Riigikantselei, lk 414
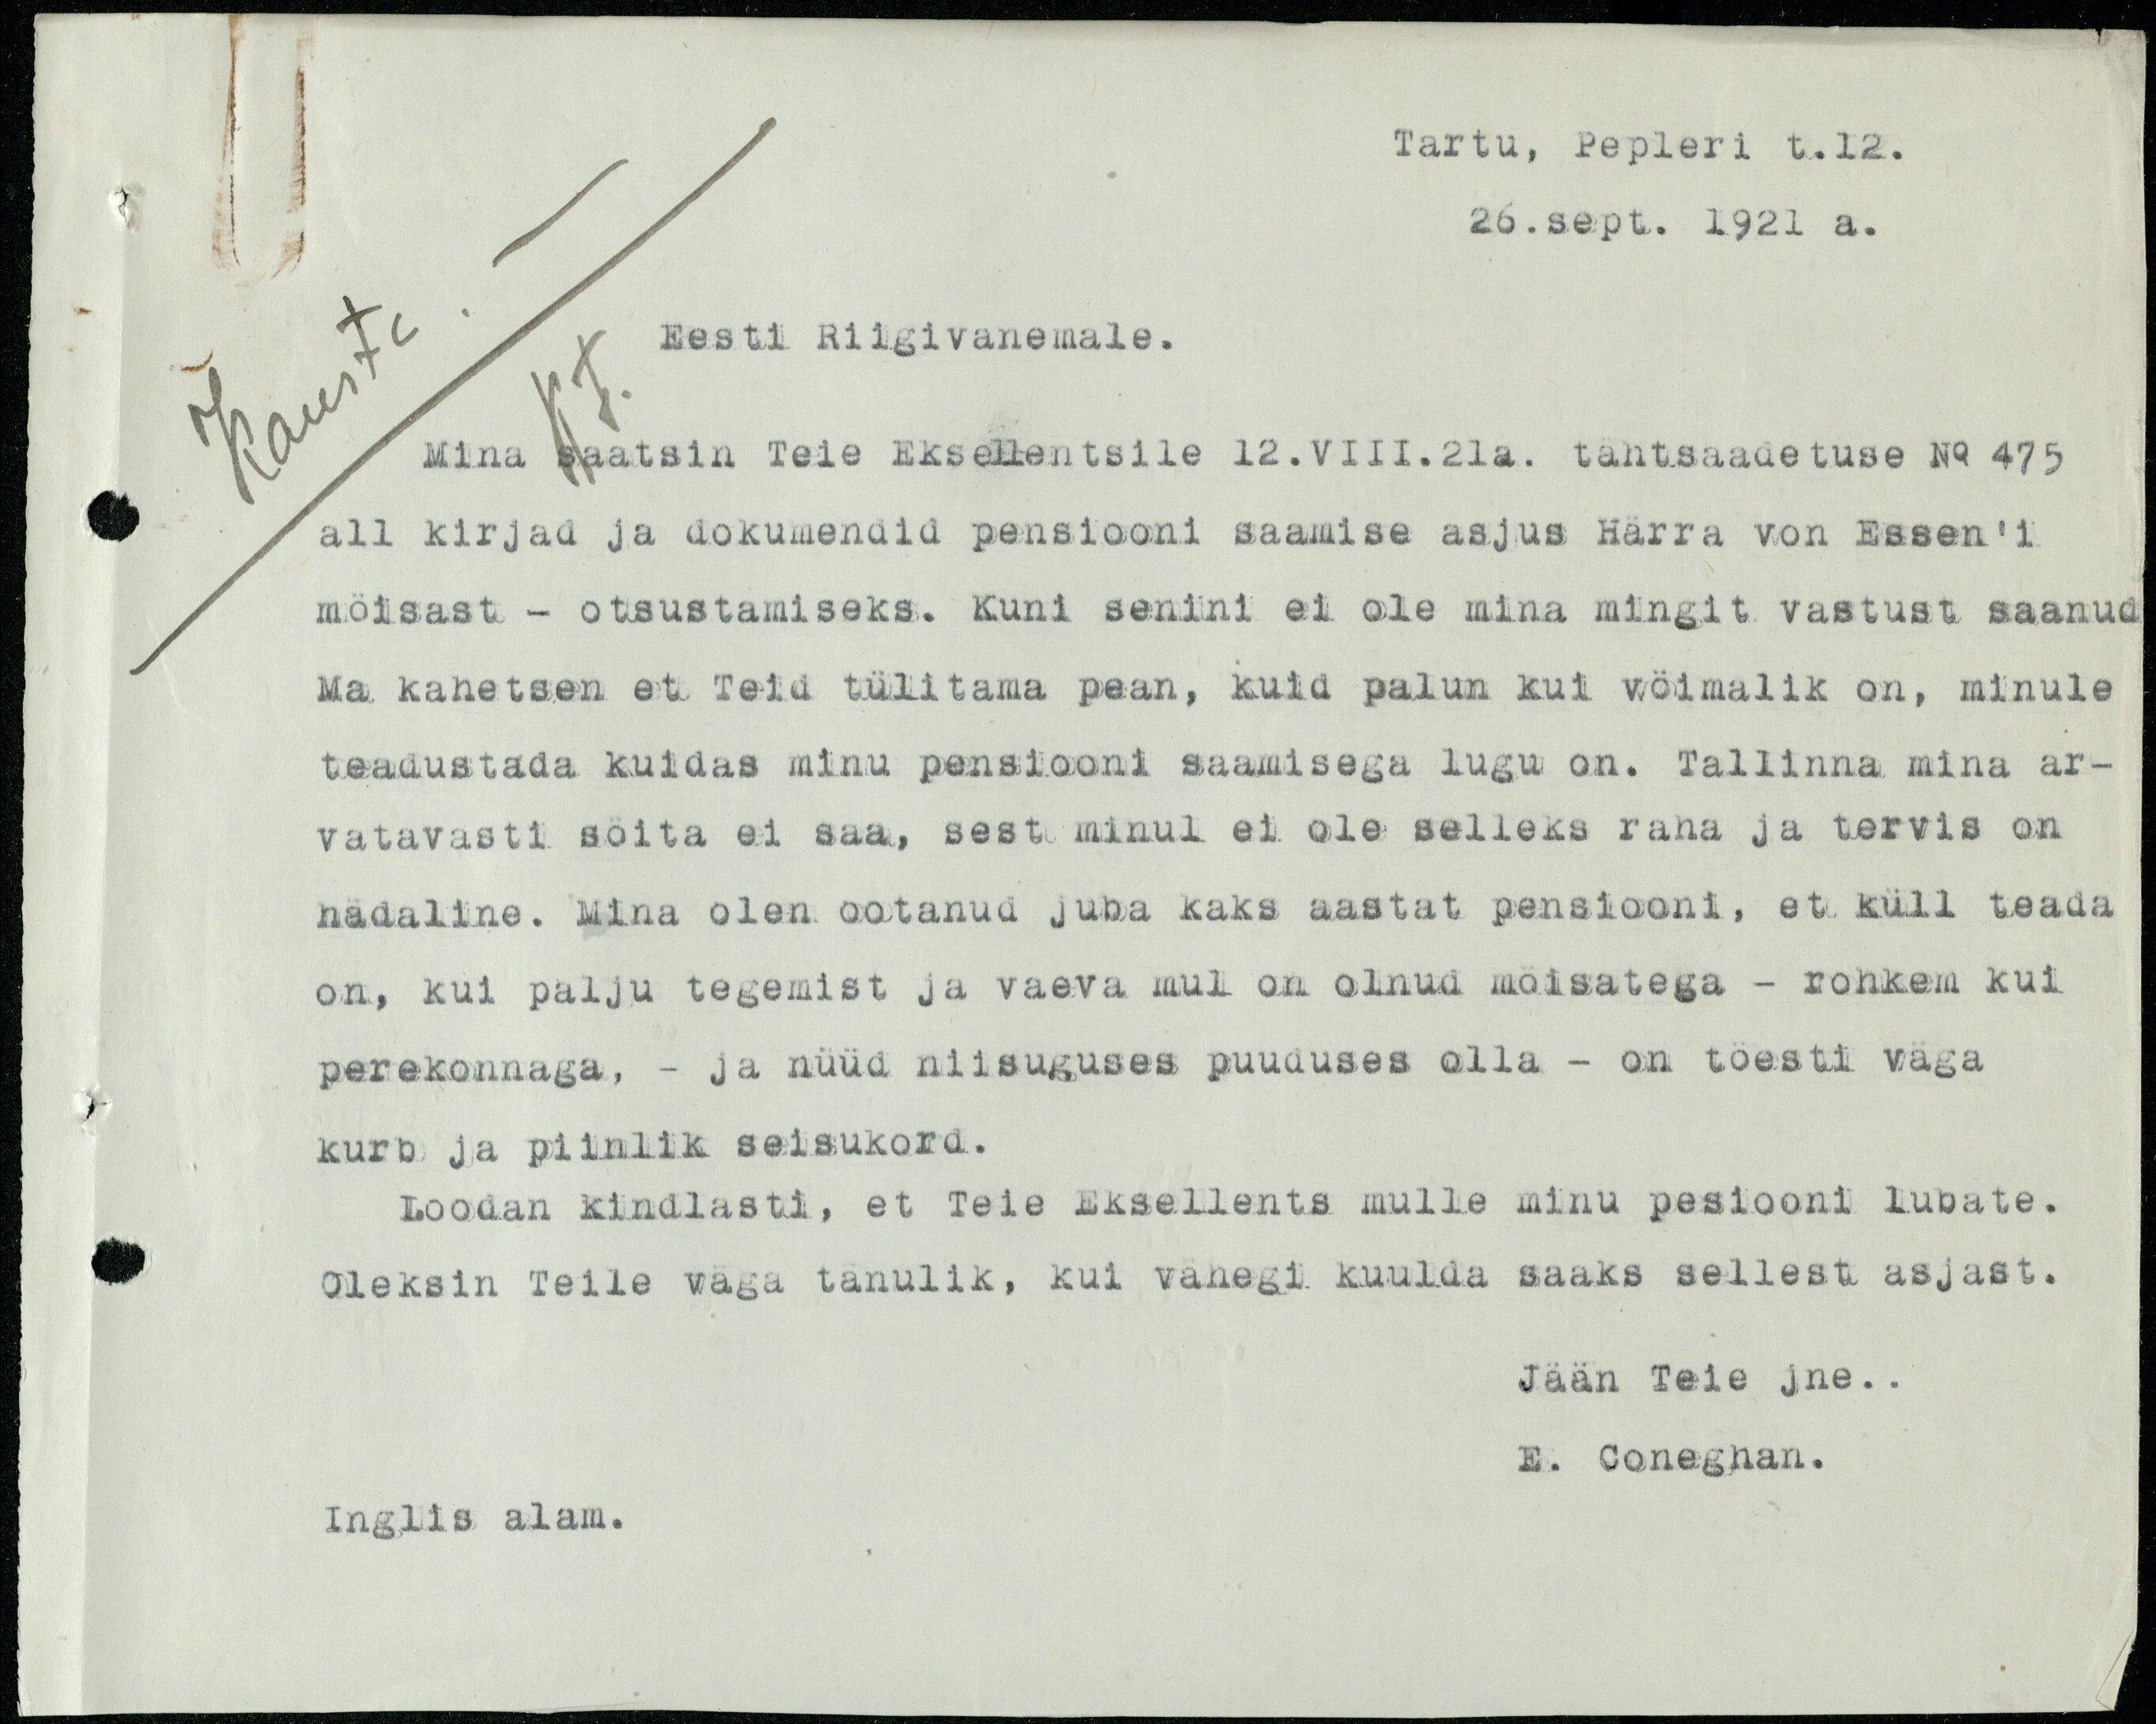
Tartu, Pepleri t. 12.
26. sept. 1921 a.
Eesti Riigivanemale.
Mina saatsin Teie Eksellentsile 12. VIII. 21 a. tähtsaadetuse No 475
all kirjad ja dokumendid pensiooni saamise asjus Härra von Essen'i
möisast - otsustamiseks. Kuni senini ei ole mina mingit vastust saanud
Ma kahetsen et Teid tülitama pean, kuid palun kui wõimalik on, minule
teadustada kuidas minu pensiooni saamisega lugu on. Tallinna mina ar-
vatavasti söita ei saa, sest minul ei ole selleks raha ja tervis on
hädaline. Mina olen ootanud juba kaks aastat pensiooni, et küll teada
on, kui palju tegemist ja vaeva mul on olnud möisatega - rohkem kui
perekonnaga, - ja nüüd niisuguses puuduses olla - on töesti väga
kurb ja piinlik seisukord.
Loodan kindlasti, et Teie Eksellents mulle minu pesiooni lubate.
Oleksin Teile väga tänulik, kui vähegi kuulda saaks sellest asjast.
Jään Teie jne...
E. Coneghan.
Inglis alam.